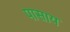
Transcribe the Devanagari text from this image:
पासाय